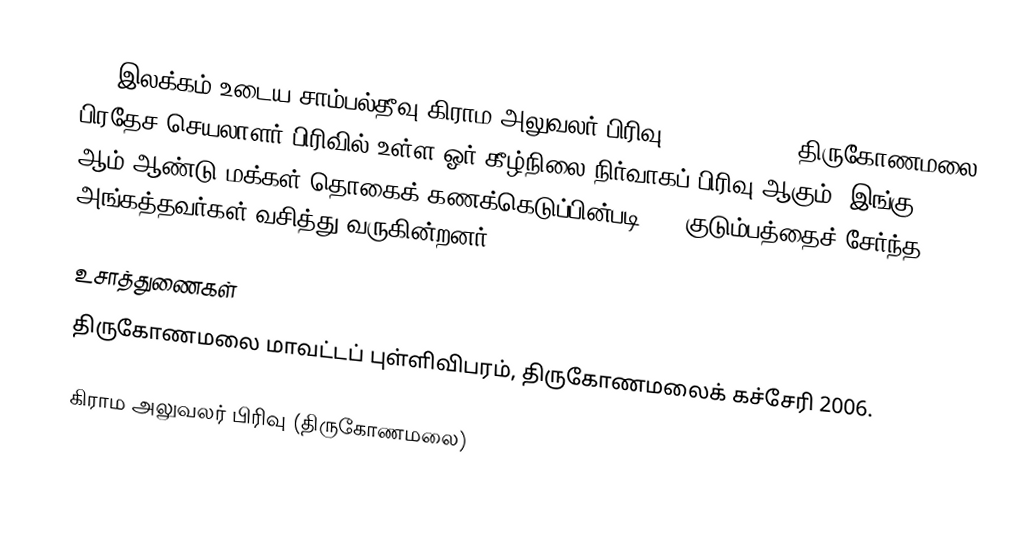
242 இலக்கம்  உடைய சாம்பல்தீவு கிராம அலுவலர் பிரிவு  (Sampalthivu) திருகோணமலை பிரதேச செயலாளர் பிரிவில் உள்ள ஓர் கீழ்நிலை நிர்வாகப் பிரிவு ஆகும். இங்கு 2005 ஆம் ஆண்டு மக்கள் தொகைக் கணக்கெடுப்பின்படி 225 குடும்பத்தைச் சேர்ந்த 1125 அங்கத்தவர்கள் வசித்து வருகின்றனர்.

உசாத்துணைகள்
திருகோணமலை மாவட்டப் புள்ளிவிபரம், திருகோணமலைக் கச்சேரி 2006.

கிராம அலுவலர் பிரிவு (திருகோணமலை)